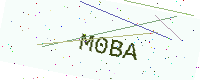
Text: M0BA